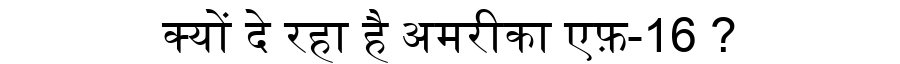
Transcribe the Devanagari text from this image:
क्यों दे रहा है अमरीका एफ़-16 ?